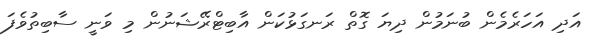
އަދި އަހަރެމެން ބުނަމުން ދިޔަ ގޮތް ރަނގަޅުކަން އާބިޓްރޭޝަނުން މި ވަނީ ސާބިތުވެފަ